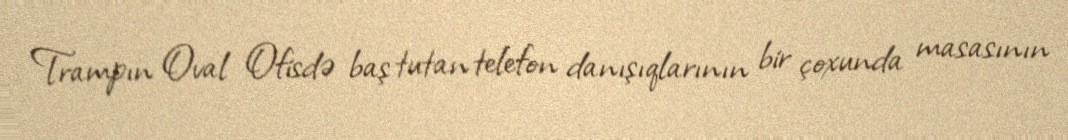
Trampın Oval Ofisdə baş tutan telefon danışıqlarının bir çoxunda masasının